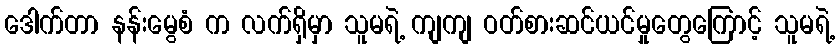
ဒေါက်တာ နန်းမွေစံ က လက်ရှိမှာ သူမရဲ့ ကျကျ ဝတ်စားဆင်ယင်မှုတွေကြောင့် သူမရဲ့